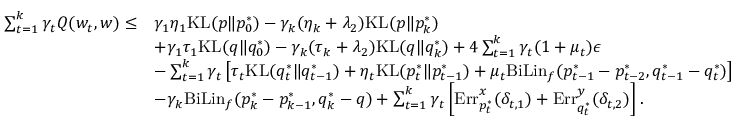
\begin{array} { r l } { \sum _ { t = 1 } ^ { k } \gamma _ { t } Q ( w _ { t } , w ) \leq } & { \gamma _ { 1 } \eta _ { 1 } \mathrm { K L } ( p \| p _ { 0 } ^ { * } ) - \gamma _ { k } ( \eta _ { k } + \lambda _ { 2 } ) \mathrm { K L } ( p \| p _ { k } ^ { * } ) } \\ & { + \gamma _ { 1 } \tau _ { 1 } \mathrm { K L } ( q \| q _ { 0 } ^ { * } ) - \gamma _ { k } ( \tau _ { k } + \lambda _ { 2 } ) \mathrm { K L } ( q \| q _ { k } ^ { * } ) + 4 \sum _ { t = 1 } ^ { k } \gamma _ { t } ( 1 + \mu _ { t } ) \epsilon } \\ & { - \sum _ { t = 1 } ^ { k } \gamma _ { t } \left[ \tau _ { t } \mathrm { K L } ( q _ { t } ^ { * } \| q _ { t - 1 } ^ { * } ) + \eta _ { t } \mathrm { K L } ( p _ { t } ^ { * } \| p _ { t - 1 } ^ { * } ) + \mu _ { t } \mathrm { B i L i n } _ { f } ( p _ { t - 1 } ^ { * } - p _ { t - 2 } ^ { * } , q _ { t - 1 } ^ { * } - q _ { t } ^ { * } ) \right] } \\ & { - \gamma _ { k } \mathrm { B i L i n } _ { f } ( p _ { k } ^ { * } - p _ { k - 1 } ^ { * } , q _ { k } ^ { * } - q ) + \sum _ { t = 1 } ^ { k } \gamma _ { t } \left[ \mathrm { E r r } _ { p _ { t } ^ { * } } ^ { x } ( \delta _ { t , 1 } ) + \mathrm { E r r } _ { q _ { t } ^ { * } } ^ { y } ( \delta _ { t , 2 } ) \right] . } \end{array}